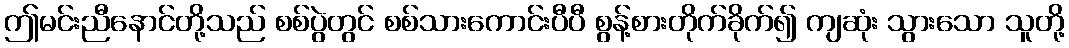
ဤမင်းညီနောင်တို့သည် စစ်ပွဲတွင် စစ်သားကောင်းပီပီ စွန့်စားတိုက်ခိုက်၍ ကျဆုံး သွားသော သူတို့